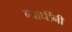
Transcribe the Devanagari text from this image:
व्याधींनी